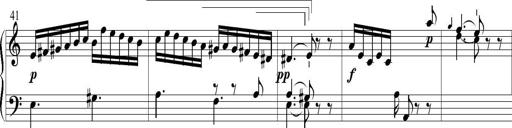
Title: 6 Leichte Sonatinen, Teil 1
Composer: F. Sigismund Sander